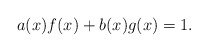
\begin{align*}a(x)f(x)+b(x)g(x)=1.\end{align*}